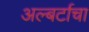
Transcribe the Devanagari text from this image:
अल्बर्टाचा